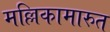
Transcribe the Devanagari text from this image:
मल्लिकामारुत